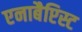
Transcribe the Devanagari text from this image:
एनाबैप्टिस्ट